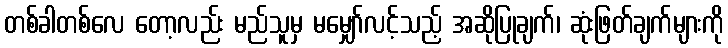
တစ်ခါတစ်လေ တော့လည်း မည်သူမှ မမျှော်လင့်သည့် အဆိုပြုချက်၊ ဆုံးဖြတ်ချက်များကို